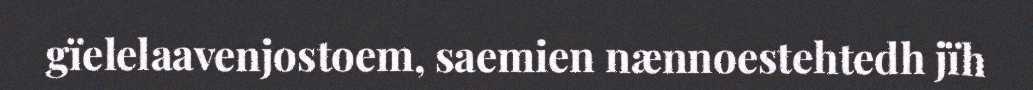
gïelelaavenjostoem, saemien nænnoestehtedh jïh